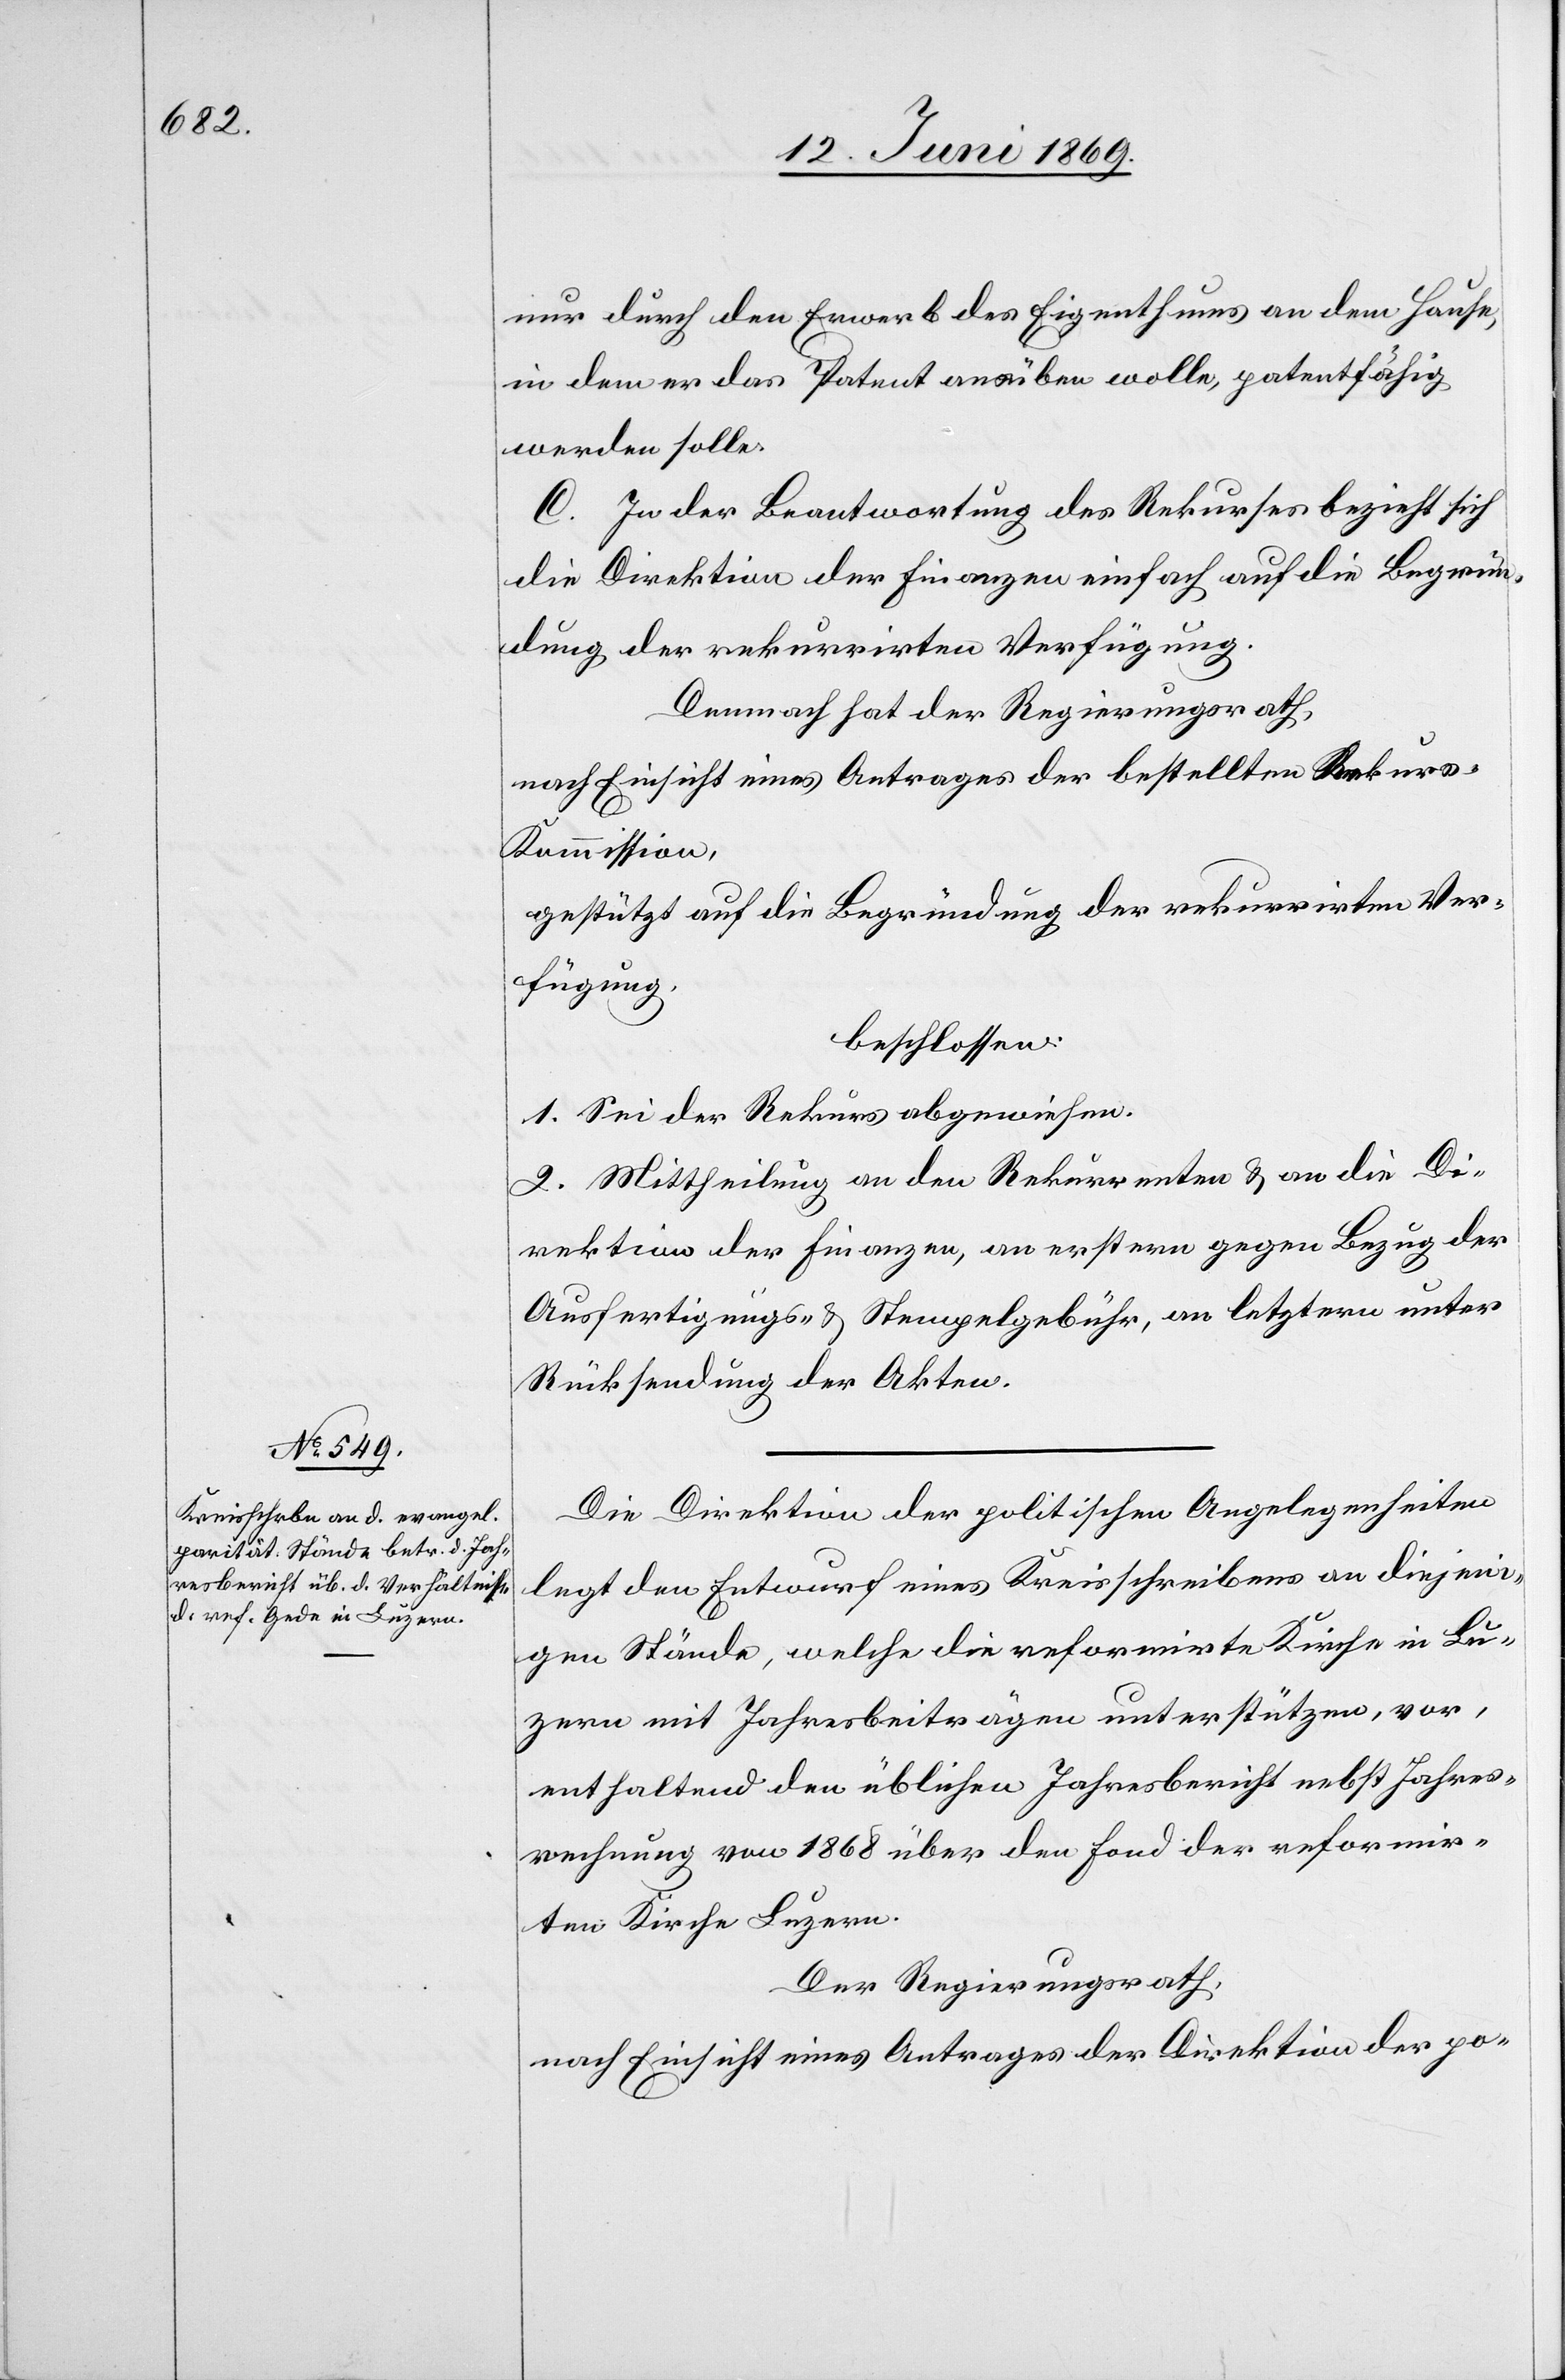
nur durch den Erwerb des Eigenthums an dem Hause,
in dem er das Patent ausüben wolle, patentfähig
werden solle.
C. In der Beantwortung des Rekurses bezieht sich
die Direktion der Finanzen einfach auf die Begrün¬
dung der rekurrirten Verfügung.
Demnach hat der Regierungsrath,
nach Einsicht eines Antrages der bestellten Rekur¬
s-Kommission,
gestützt auf die Begründung der rekurrirten Ver¬
fügung,
beschlossen:
1. Sei der Rekurs abgewiesen.
2. Mittheilung an den Rekurrenten u. an die Di¬
rektion der Finanzen, an erstern gegen Bezug der
Ausfertigungs- u. Stempelgebühr, an letztern unter
Rücksendung der Akten.
Die Direktion der politischen Angelegenheiten
legt den Entwurf eines Kreisschreibens an diejeni¬
gen Stände, welche die reformirte Kirche in Lu¬
zern mit Jahresbeiträgen unterstützen, vor,
enthaltend den üblichen Jahresbericht nebst Jahres¬
rechnung von 1868 über den Fond der reformir¬
ten Kirche Luzern.
Der Regierungsrath,
nach Einsicht eines Antrages der Direktion der po-